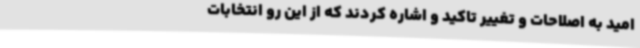
امید به اصلاحات و تغییر تاکید و اشاره کردند که از این رو انتخابات